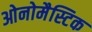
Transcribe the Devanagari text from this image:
ओनोमैस्टिक